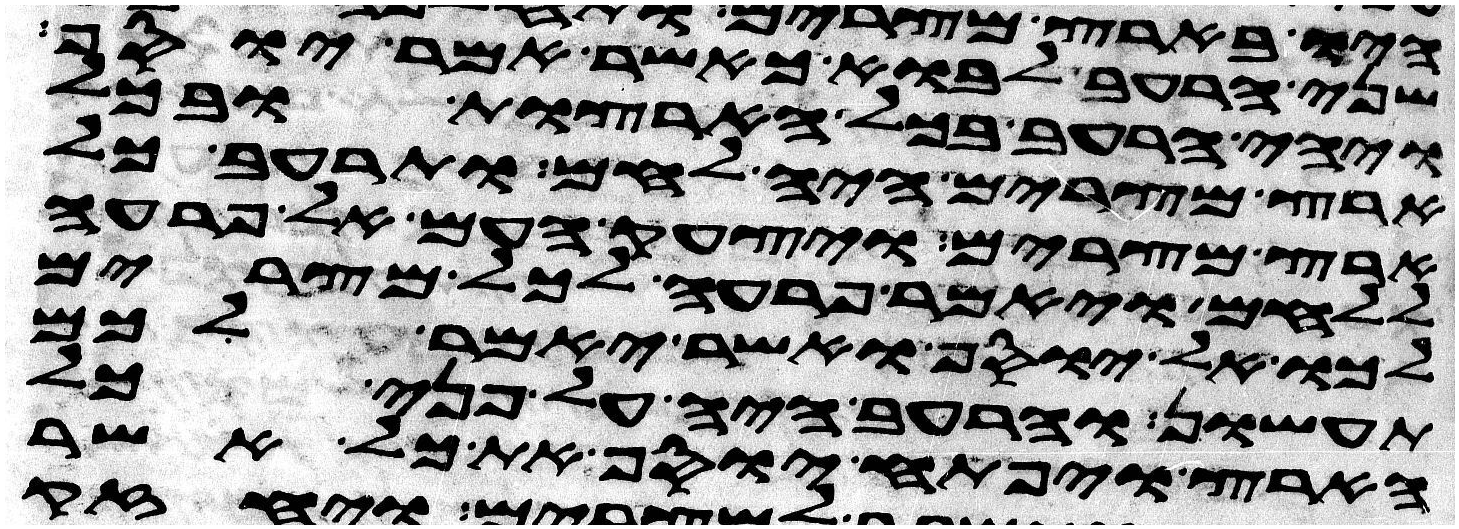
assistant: שני הרעב לבוא כאשר אמר יוסף
ויהי הרעב בכל הארצות ובכל
ארץ מצרים היה לחם ותרעב כל
ארץ מצרים ויצעק העם אל פרעה
ללחם ויאמר פרעה לכל מצרים
לכו אל יוסף ואשר יאמר לכם
תעשון והרעב היה על פני כל
הארץ ויפתח יוסף את כל אשר